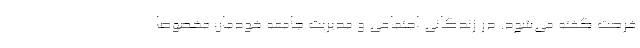
فرصت گفته می‌شود. در زندگانی اجتماعی و مدیریت جامعه خودمان مخصوصاً